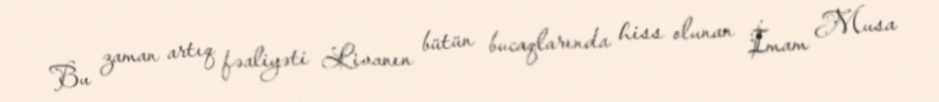
Bu zaman artıq fəaliyəti Livanın bütün bucaqlarında hiss olunan İmam Musa